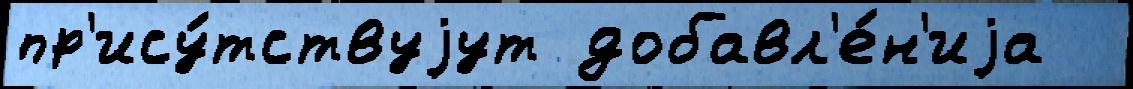
пр'ису́тствуjут добавл'е́н'иjа